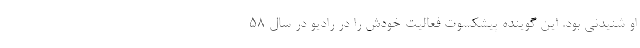
او شنیدنی بود. این گوینده پیشکسوت فعالیت خودش را در رادیو در سال ۵۸